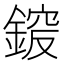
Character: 𨩵